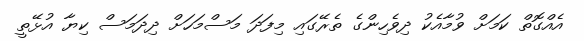
އެއްގޮތް ކަމަށް ވުމާއެކު ދިވެހިންގެ ތެރޭގައި މިފަދަ މަސްމަހަށް ދިދަމަސް ކިޔާ އުޅޭތީ